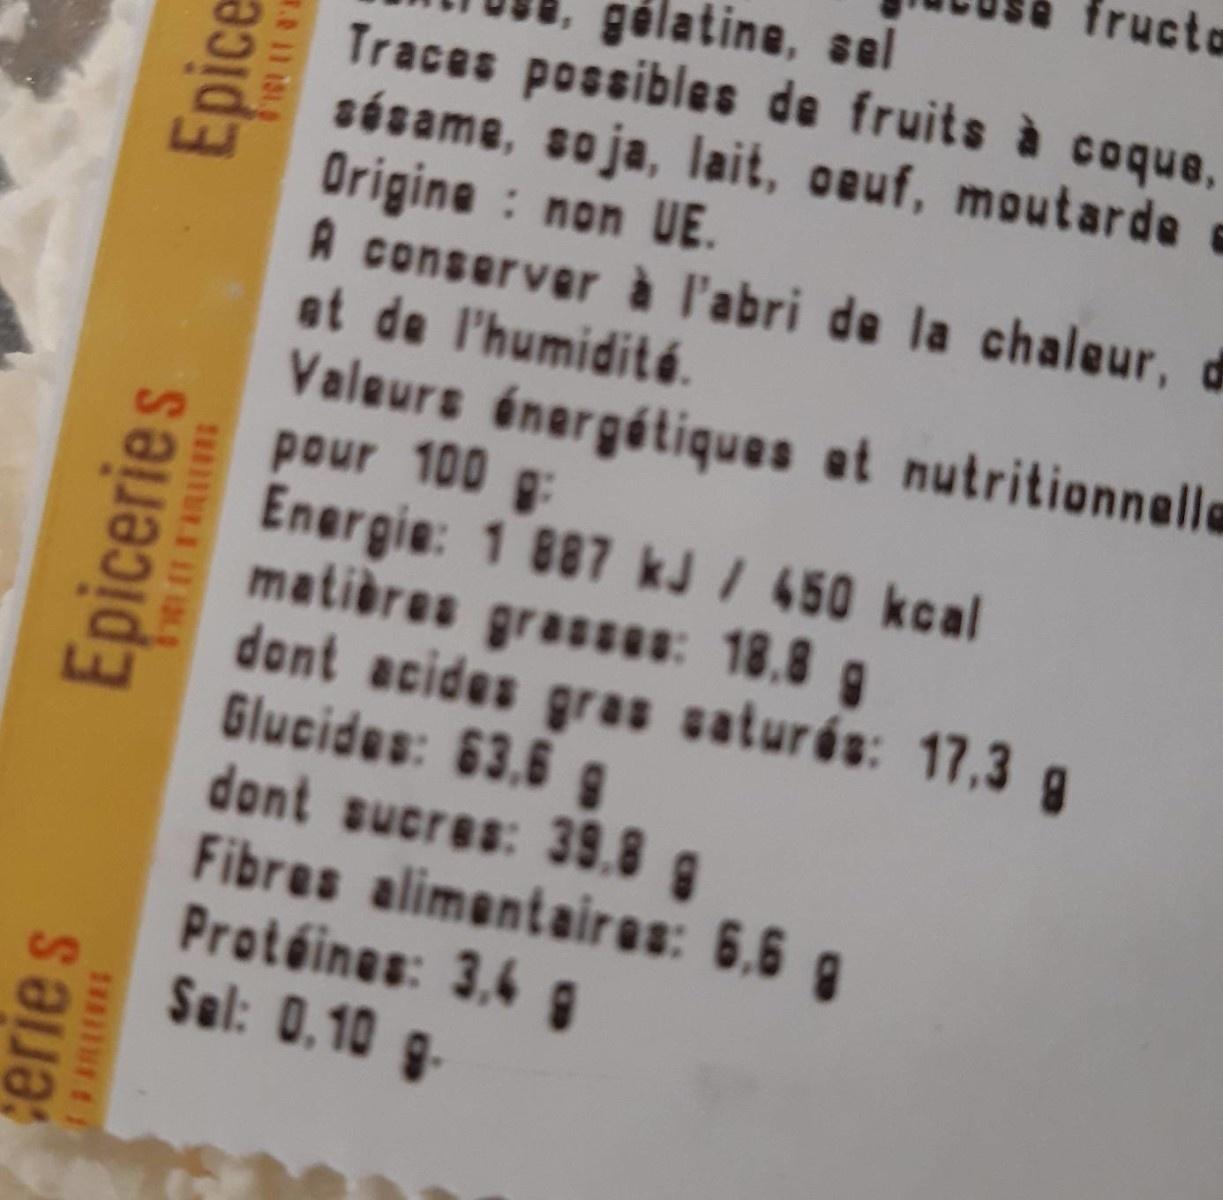
fructa
gélatine, sel Traces possibles de fruits à coque, sésame, soja, lait, oeuf, moutarde a Origine : non UE. A conserver à l'abri de la chaleur, d at de l'humiditá. Valeurs énergátiques at nutritionnella pour 100 g: Energie: 1 887 kJ I 450 kcal matières grasses: 18.8 g dant acides gras saturés: 17,3 g Glucides: 63.6 g dont sucres: 39.8 : Fibres alimentairas: 6,6 g Protéines: 3,4 g Sal: 0,10 g-
eries
Epiceries
Epice